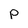
Character: p